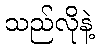
သည်လိုနဲ့